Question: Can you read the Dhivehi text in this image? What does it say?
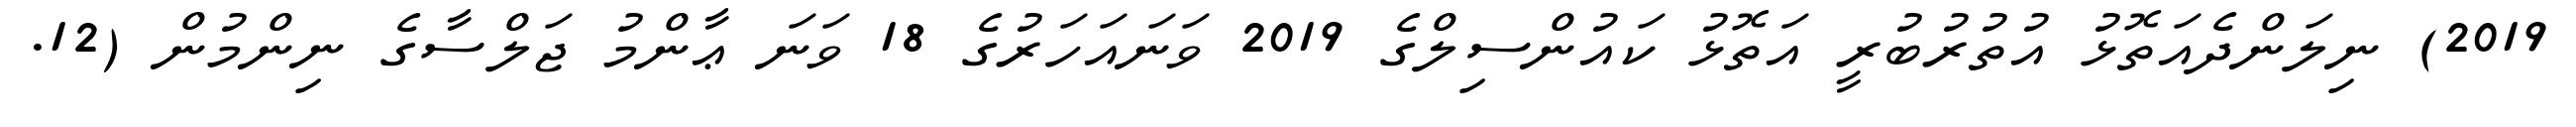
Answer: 2019) ނިލަންދެއަތޮޅު އުތުރުބުރީ އަތޮޅު ކައުންސިލްގެ 2019 ވަނައަހަރުގެ 18 ވަނަ ޢާންމު ޖަލްސާގެ ނިންމުން (12.